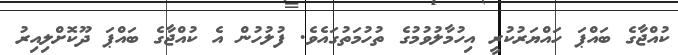
ކުއްޖާގެ ބައްޕަ ހައްޔަރުކުރީ އިހުމާލުވުމުގެ ތުހުމަތުގައެވެ. ފުލުހުން އެ ކުއްޖާގެ ބައްޕަ ދޫކޮށްލިއިރު